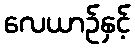
လေယာဉ်နှင့်